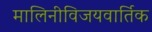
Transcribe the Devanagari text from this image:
मालिनीविजयवार्तिक